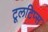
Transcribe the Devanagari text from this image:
टूलटिप्स